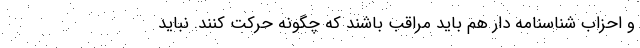
و احزاب شناسنامه دار هم باید مراقب باشند که چگونه حرکت کنند. نباید